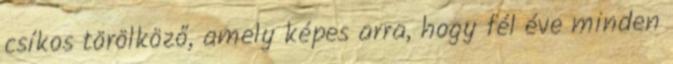
csíkos törölköző, amely képes arra, hogy fél éve minden